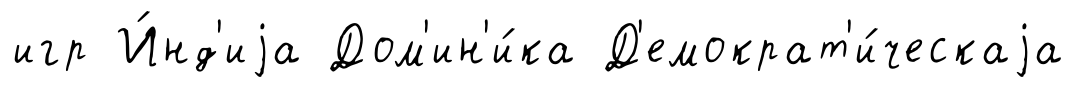
игр И́нд'иjа Дом'ин'и́ка Д'емократ'и́ческаjа